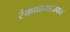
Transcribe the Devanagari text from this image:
रंकाळयाजवळ